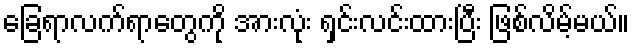
ခြေရာလက်ရာတွေကို အားလုံး ရှင်းလင်းထားပြီး ဖြစ်လိမ့်မယ်။